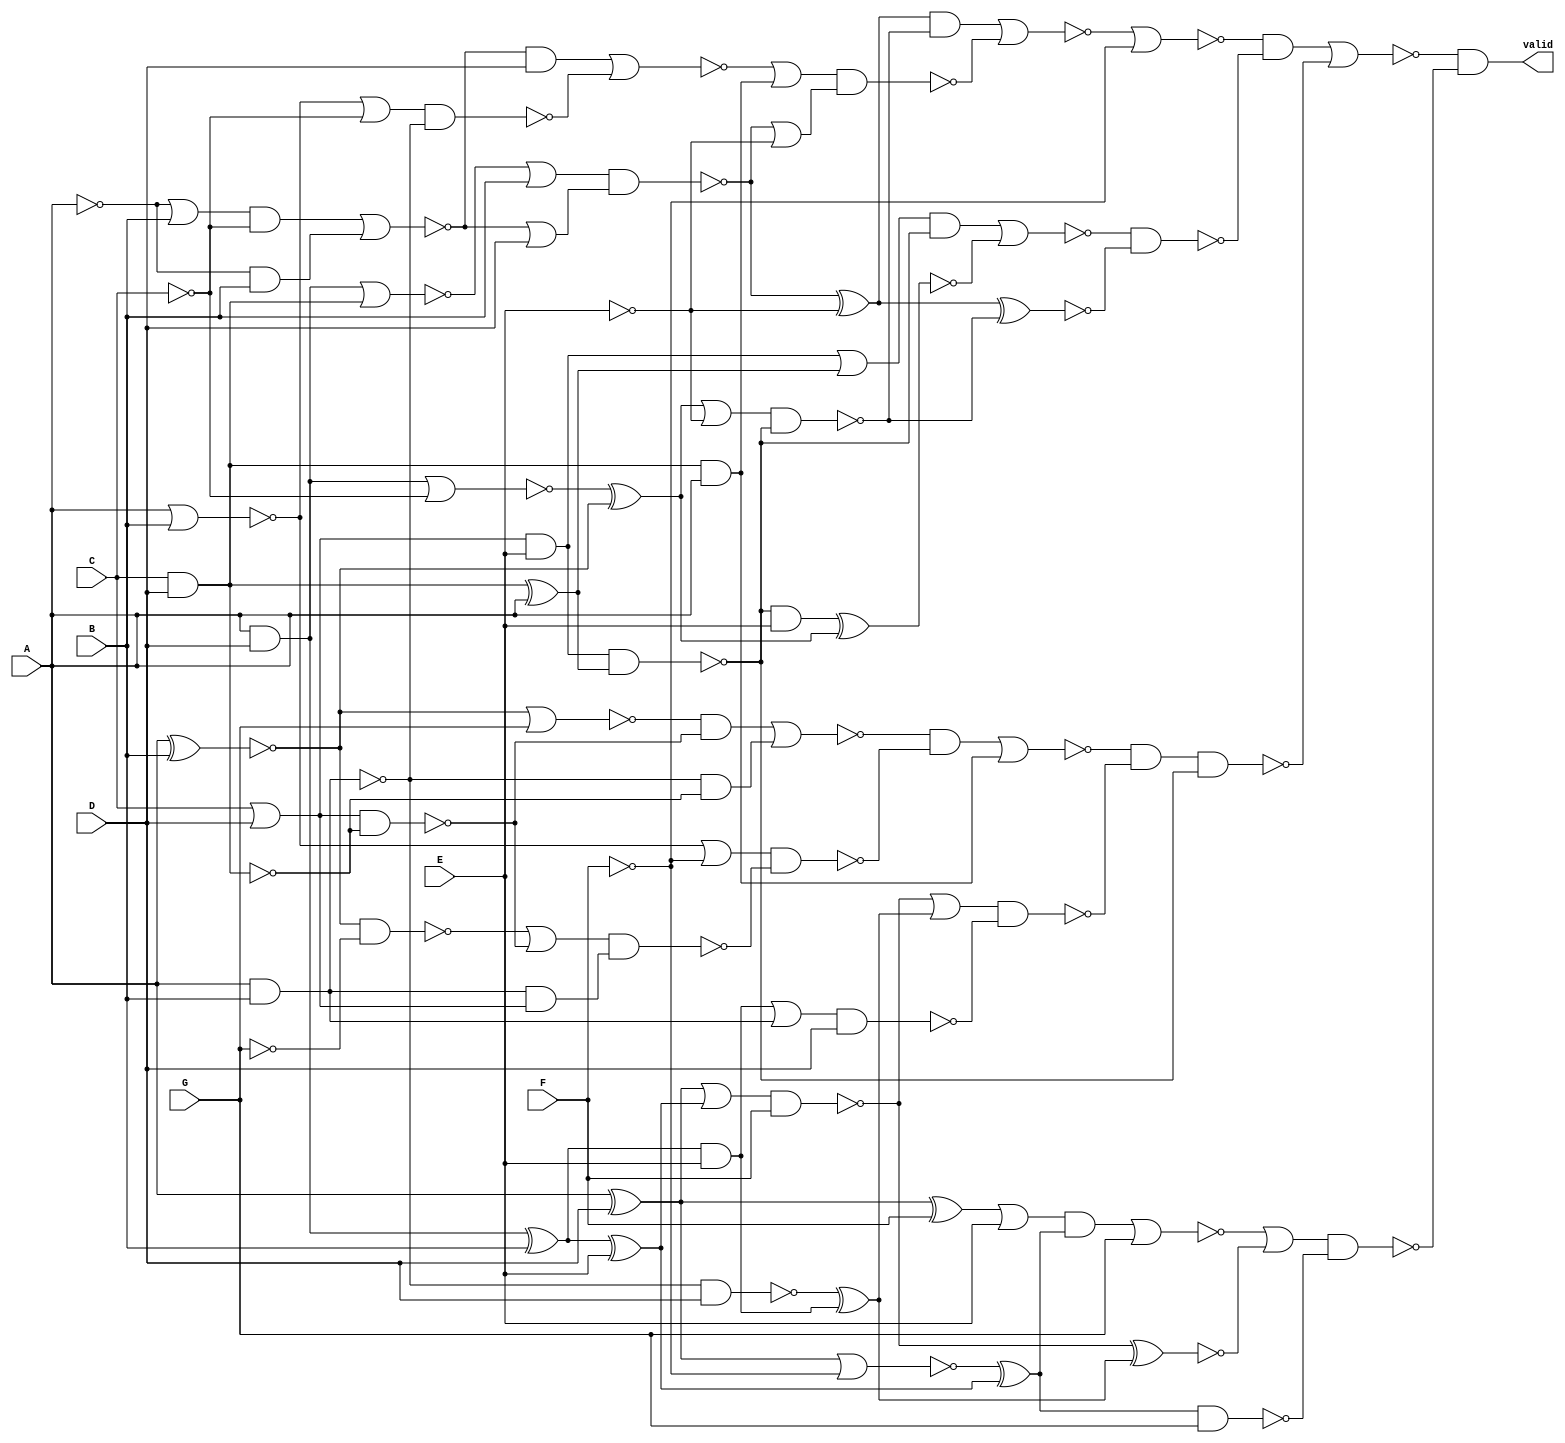
module var7_multi(A, B, C, D, E, F, G, valid);
  wire _000_;
  wire _001_;
  wire _002_;
  wire _003_;
  wire _004_;
  wire _005_;
  wire _006_;
  wire _007_;
  wire _008_;
  wire _009_;
  wire _010_;
  wire _011_;
  wire _012_;
  wire _013_;
  wire _014_;
  wire _015_;
  wire _016_;
  wire _017_;
  wire _018_;
  wire _019_;
  wire _020_;
  wire _021_;
  wire _022_;
  wire _023_;
  wire _024_;
  wire _025_;
  wire _026_;
  wire _027_;
  wire _028_;
  wire _029_;
  wire _030_;
  wire _031_;
  wire _032_;
  wire _033_;
  wire _034_;
  wire _035_;
  wire _036_;
  wire _037_;
  wire _038_;
  wire _039_;
  wire _040_;
  wire _041_;
  wire _042_;
  wire _043_;
  wire _044_;
  wire _045_;
  wire _046_;
  wire _047_;
  wire _048_;
  wire _049_;
  wire _050_;
  wire _051_;
  wire _052_;
  wire _053_;
  wire _054_;
  wire _055_;
  wire _056_;
  wire _057_;
  wire _058_;
  wire _059_;
  wire _060_;
  wire _061_;
  wire _062_;
  wire _063_;
  wire _064_;
  (* src = "var7_multi.v:3" *)
  input A;
  (* src = "var7_multi.v:3" *)
  input B;
  (* src = "var7_multi.v:3" *)
  input C;
  (* src = "var7_multi.v:3" *)
  input D;
  (* src = "var7_multi.v:3" *)
  input E;
  (* src = "var7_multi.v:3" *)
  input F;
  (* src = "var7_multi.v:3" *)
  input G;
  (* src = "var7_multi.v:4" *)
  output valid;
  assign _064_ = A & D;
  assign _000_ = _064_ ^ B;
  assign _001_ = _000_ ^ E;
  assign _002_ = ~F;
  assign _003_ = A ^ D;
  assign _004_ = ~(_003_ | _002_);
  assign _005_ = _004_ ^ _001_;
  assign _006_ = ~(_005_ & G);
  assign _007_ = _000_ & E;
  assign _008_ = ~(A & B);
  assign _009_ = ~(_008_ & D);
  assign _010_ = _009_ ^ _007_;
  assign _011_ = ~((_003_ | _001_) & F);
  assign _012_ = ~(_011_ ^ _010_);
  assign _013_ = _003_ ^ F;
  assign _014_ = _013_ | E;
  assign _015_ = ~((_014_ & _005_) | G);
  assign _016_ = ~((_015_ | _012_) & _006_);
  assign _017_ = ~E;
  assign _018_ = C & D;
  assign _019_ = _018_ ^ A;
  assign _020_ = C | D;
  assign _021_ = _020_ & E;
  assign _022_ = ~(_021_ & _019_);
  assign _023_ = ~(A ^ B);
  assign _024_ = ~C;
  assign _025_ = ~(_064_ | _024_);
  assign _026_ = _025_ ^ _023_;
  assign _027_ = ~((_026_ | _017_) & _022_);
  assign _028_ = ~A;
  assign _029_ = _028_ & B;
  assign _030_ = _028_ | B;
  assign _031_ = ~((_030_ & _024_) | _029_);
  assign _032_ = ~(_064_ | _018_);
  assign _033_ = ~((_032_ | B) & (_031_ | D));
  assign _034_ = _033_ ^ _017_;
  assign _035_ = ~(_034_ ^ _027_);
  assign _036_ = _021_ | _019_;
  assign _037_ = _022_ & E;
  assign _038_ = ~(_037_ ^ _026_);
  assign _039_ = ~((_036_ & _022_) | _038_);
  assign _040_ = ~(_039_ & _035_);
  assign _041_ = _018_ & A;
  assign _042_ = ~(A | B);
  assign _043_ = ~((_042_ | _024_) & _008_);
  assign _044_ = ~((_031_ & D) | _043_);
  assign _045_ = ~((_044_ | _041_) & (_033_ | _017_));
  assign _046_ = ~((_034_ & _027_) | _045_);
  assign _047_ = ~(_046_ | _002_);
  assign _048_ = A & B;
  assign _049_ = ~((_007_ | _048_) & D);
  assign _050_ = ~((_011_ | _010_) & _049_);
  assign _051_ = _048_ & _020_;
  assign _052_ = ~(C & D);
  assign _053_ = ~(_020_ & _052_);
  assign _054_ = ~G;
  assign _055_ = ~(_023_ & _054_);
  assign _056_ = ~((_055_ | _053_) & _051_);
  assign _057_ = ~((_042_ | _002_) & _056_);
  assign _058_ = ~(_023_ | G);
  assign _059_ = ~((_058_ & _053_) | (_008_ & _052_));
  assign _060_ = ~((_059_ & _057_) | _041_);
  assign _061_ = _060_ & _050_;
  assign _062_ = ~(_061_ & _022_);
  assign _063_ = ~((_047_ & _040_) | _062_);
  assign valid = _063_ & _016_;
endmodule